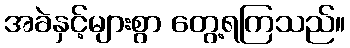
အခဲနှင့်များစွာ တွေ့ရကြသည်။